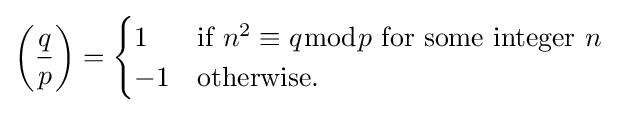
\left({\frac {q}{p}}\right)={\begin{cases}1&{\text{if }}n^{2}\equiv q{\bmod {p}}{\text{ for some integer }}n\\-1&{\text{otherwise}}.\end{cases}}